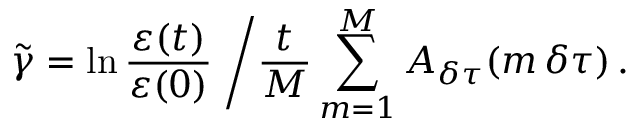
\tilde { \gamma } = \ln \frac { \varepsilon ( t ) } { \varepsilon ( 0 ) } \; \bigg / \frac { t } { M } \sum _ { m = 1 } ^ { M } A _ { \delta \tau } ( m \, \delta \tau ) \, .